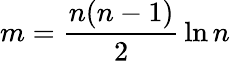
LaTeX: m={\frac{n(n-1)}{2}}\ln n